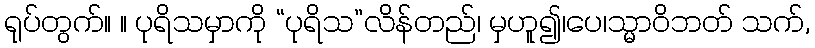
ရုပ်တွက်။ ။ ပုရိသမှာကို “ပုရိသ”လိန်တည်၊ မှဟူ၍၊ပေ၊သ္မာဝိဘတ် သက်,